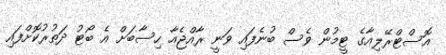
އޮސްޓްރޭލިއާގެ ޓީމުން ވެސް ބުނެފައި ވަނީ ރާއްޖެއާ ހިސާބަށް އެ ބޯޓު ދަތުރުކޮށްފައި